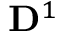
\mathbf { D } ^ { 1 }